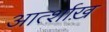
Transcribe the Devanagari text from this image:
आर्त्शाख़